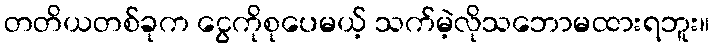
တတိယတစ်ခုက ငွေကိုစုပေမယ့် သက်မဲ့လိုသဘောမထားရဘူး။